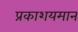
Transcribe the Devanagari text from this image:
प्रकाशयमान